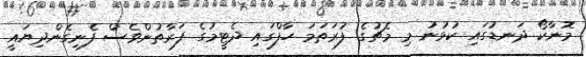
މޮނާކޯ ދަނޑުގައި ކުޅުނު މި މެޗުގެ ފުރަތަމަ ހާފްގައި ދެޓީމުގެ ފަރާތުންވެސް ފެނިގެންދިޔައީ